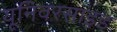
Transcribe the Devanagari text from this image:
यूनिवरसाइड